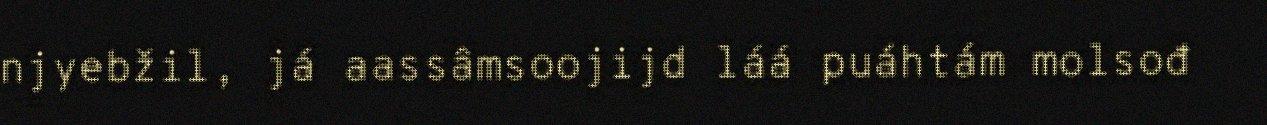
njyebžil, já aassâmsoojijd láá puáhtám molsođ